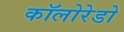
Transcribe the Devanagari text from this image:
कॉलोरेडो